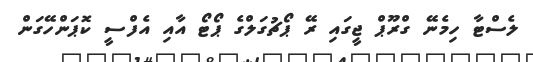
ލެސްޓާ ހިމެނޭ ގްރޫޕް ޖީގައި ރޭ ޕޯޗުގަލްގެ ޕޯޓޯ އާއި އެފްސީ ކޮޕަންހޭގަން